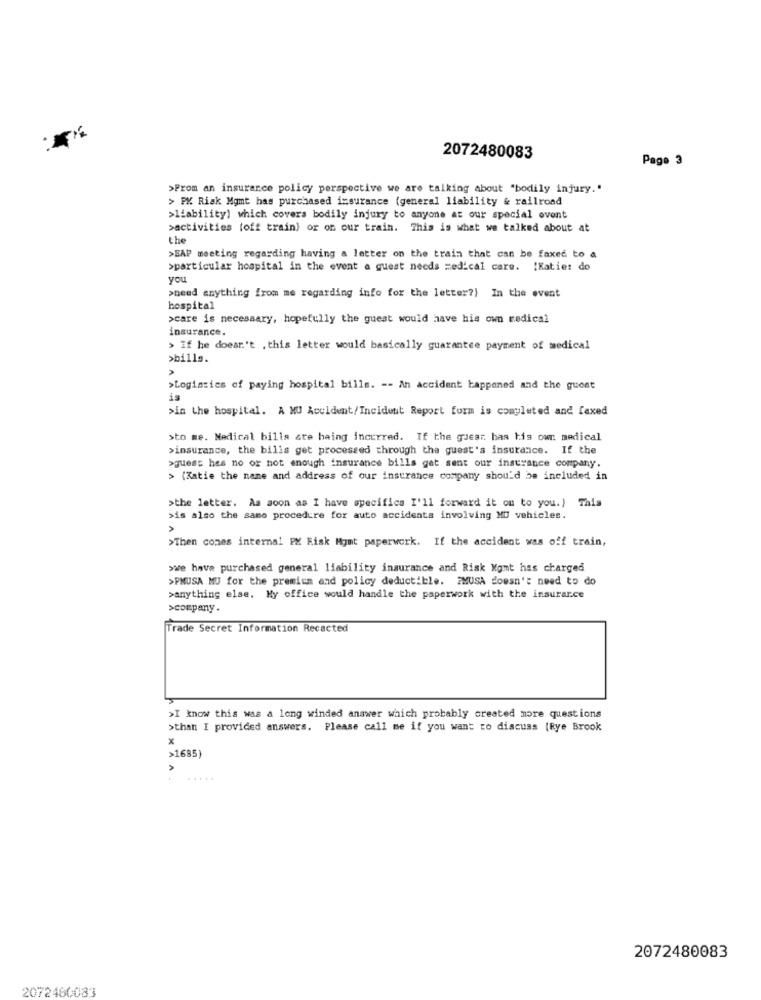
2072480083
Page 3
>From an insurance policy perspective we are talking about "bodily injury."
> PX Risk Mgmt has purchased insurance (general liability & railroad
>liability) which covers bodily injury to anyone at our special event
>activities (off train) or on our train. This is what we talked about at
the
>BAP meeting regarding having a letter on the train that can be faxed to a
>particular hospital in the event a guest needs medical care. [Katie: do
you
>need anything from me regarding info for the letter?) In the event
hospital
>care is necessary, hopefully the guest would have his own medical
insurance.
> If he doesn't . this letter would basically guarantee payment of medical
>bills.
>Logistics of paying hospital bills. -- An accident happened and the guest
is
>in the hospital. A MU Accident/Incident Report form is completed and faxed
>to me. Medical bills are haing incurred. If the guear has his own medical
>insurance, the bills get processed through the guest's insurance. If the
>guess hes no or not enough insurance bills get sent our insurance company.
> (Katie the name and address of our insurance company shou'd be included in
>the letter. As soon as I have specifics I'll forward it on to you.) This
>is also the same procedure for auto accidents involving MU vehicles.
>Then comes internal PX Risk Mgmt paperwork. If the accident was off train,
>we have purchased general liability insurance and Risk Komt has charged
>PMUSA MU for the premium and policy deductible. ZMUSA doesn't need to do
>anything else. My office would handle the paperwork with the insurance
>company .
Trade Secret Information Recacted
>I know this was a long winded answer which probably created more questions
>than I provided answers. Please call me if you want to discuss (Rye Brook
x
>1685)
2072480083
2072460083